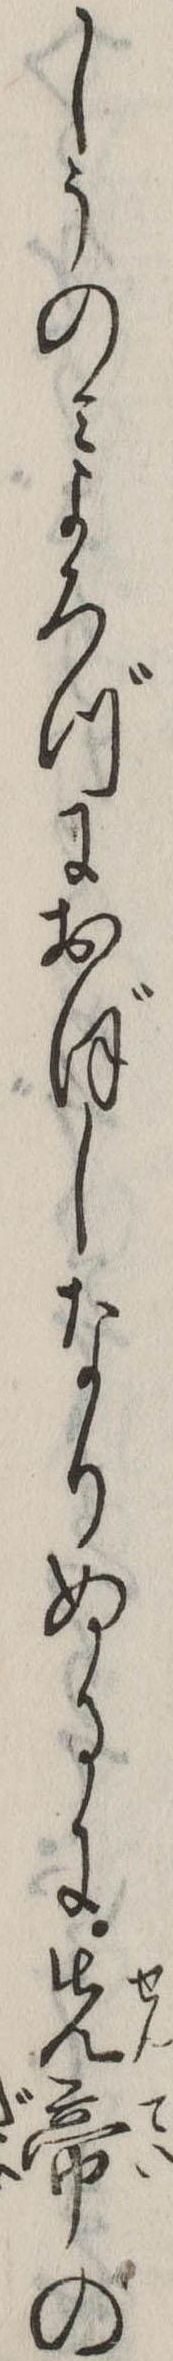
しうのみよろづにおぼしなりぬるに先帝の